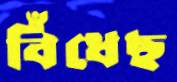
বিঁধেছ